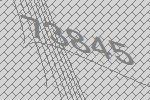
73845